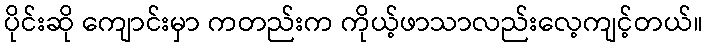
ပိုင်းဆို ကျောင်းမှာ ကတည်းက ကိုယ့်ဖာသာလည်းလေ့ကျင့်တယ်။